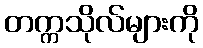
တက္ကသိုလ်များကို